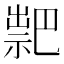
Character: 𥛁